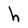
Character: h